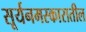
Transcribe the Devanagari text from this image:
सूर्यनमस्कारातील